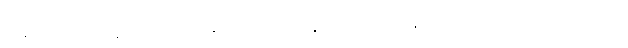
ညွှန်းကိန်းအရ မြန်မာဟာ သယံဇာတ ထွက်တဲ့ နိုင်ငံပေါင်း ၈၉ နိုင်ငံမှာ စုစုပေါင်း ရေနံနဲ့ သဘာဝ